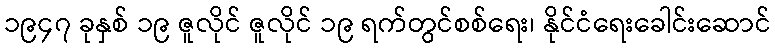
၁၉၄၇ ခုနှစ် ၁၉ ဇူလိုင် ဇူလိုင် ၁၉ ရက်တွင်စစ်ရေး၊ နိုင်ငံရေးခေါင်းဆောင်